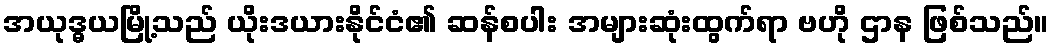
အယုဒ္ဓယမြို့သည် ယိုးဒယားနိုင်ငံ၏ ဆန်စပါး အများဆုံးထွက်ရာ ဗဟို ဌာန ဖြစ်သည်။